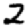
Digit: 2